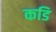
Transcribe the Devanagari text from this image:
कडि